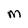
Character: M